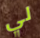
لي